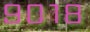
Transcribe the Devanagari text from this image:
९०१८